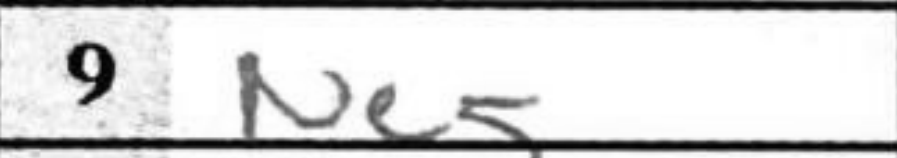
Transcription: Ne5